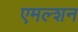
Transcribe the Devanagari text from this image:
एमल्शन